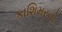
કાશિમરનો